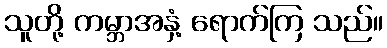
သူတို့ ကမ္ဘာအနှံ့ ရောက်ကြ သည်။